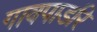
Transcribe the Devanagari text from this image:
गावपाडरि